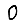
Digit: 0